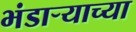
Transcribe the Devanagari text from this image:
भंडार्‍याच्या